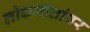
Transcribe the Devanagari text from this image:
लोकगीतांवर